Vaccination in Bombay 1902-1912 - 1902-1912
Year: 1902
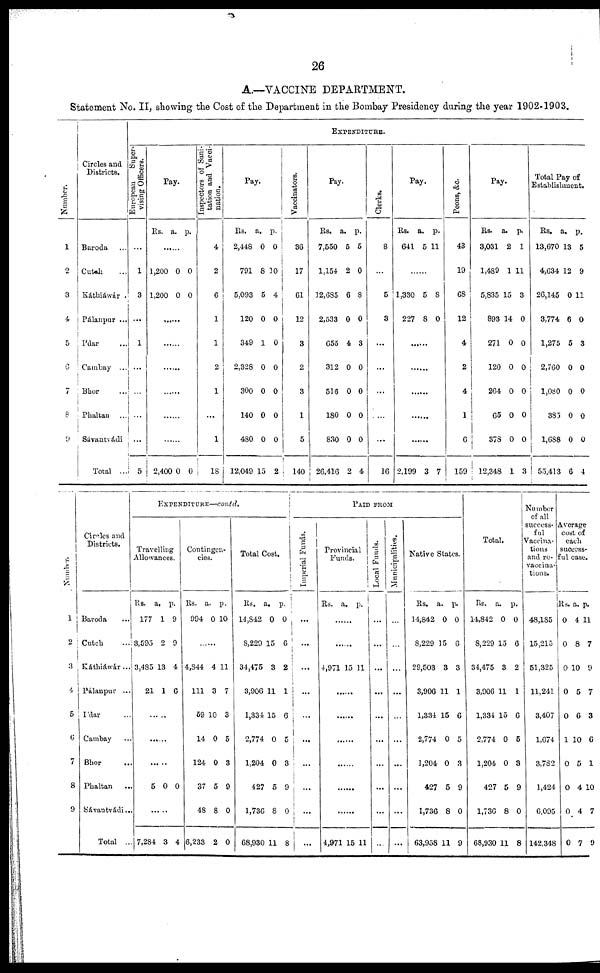
26
A.—VACCINE DEPARTMENT.
Statement No. II, showing the Cost of the Department in the Bombay Presidency during the year 1902-1903.
Number.
1
2
3
4
5
6
7
8
9
Circles and
Districts.
Baroda ...
Cutch ...
Káthiáwár
Pálanpur ...
I'dar ...
Cambay ...
Bhor ...
Phaltan ...
Sávantvádi
Total ...
EXPENDITURE.
European
Super-
vising Officers.
......
1
3
...
1
...
...
...
...
5
Pay.
Rs. a. p.
......
1,200
1,200
0
0
0
0
......
......
......
......
......
......
2,400 0 0
Inspectors of Sani-
tation and Vacci-
nation.
4
2
6
1
1
2
1
...
1
18
Pay.
Rs.
2,448
791
5,093
120
349
2,328
300
140
480
12,049
a.
0
8
5
0
1
0
0
0
0
15
p.
0
10
4
0
0
0
0
0
0
2
Vaccinators.
36
17
61
12
3
2
3
1
5
140
Pay.
Rs.
7,550
1,154
12,685
2,533
655
312
516
180
830
26,416
a.
5
2
6
0
4
0
0
0
0
2
p.
5
0
8
0
3
0
0
0
0
4
Clerks.
8
...
5
3
...
...
...
...
...
16
Pay.
Rs.
641
a.
5
p.
11
......
1,330
227
5
8
8
0
......
......
......
......
......
2,199 3 7
Peons, &c.
43
19
68
12
4
2
4
1
6
159
Pay.
Rs.
3,031
1,489
5,835
893
271
120
264
65
378
12,348
a.
2
1
15
14
0
0
0
0
0
1
p.
1
11
3
0
0
0
0
0
0
3
Total Pay of
Establishment.
Rs.
13,670
4,634
26,145
3,774
1,275
2,760
1,080
385
1,688
55,413
a.
13
12
0
6
5
0
0
0
0
6
p.
5
9
11
0
3
0
0
0
0
4
Number.
1
2
3
4
5
6
7
8
9
Circles and
Districts.
Baroda
...
Cutch ...
Káthiáwár...
Pálanpur ...
I'dar ...
Cambay ...
Bhor ...
Phaltan
Sávantvádi...
Total ...
EXPENDITURE—contd.
Travelling
Allowances.
Rs.
177
3,595
3,485
21
a.
1
2
13
1
p.
9
9
4
6
......
......
......
5
0 0
......
7,284 3 4
Contingen-
cies.
Rs.
994
a.
0
p.
10
......
4,844
111
59
14
124
37
48
6,233
4
3
10
0
0
5
8
2
11
7
3
5
3
9
0
0
Total Cost.
Rs.
14,842
8,229
34,475
3,906
1,334
2,774
1,204
427
1,736
68,930
a.
0
15
3
11
15
0
0
5
8
11
p.
0
6
2
1
6
5
3
9
0
8
PAID FROM
Imperial Funds.
...
...
...
...
...
...
...
...
...
...
Provincial
Funds.
Rs. a. p.
......
......
4,971 15 11
......
......
......
......
......
......
4,971 15 11
Local Funds.
...
...
...
...
...
...
...
...
...
...
Municipalities.
...
...
...
...
...
...
...
...
...
...
Native States.
Rs.
14,842
8,229
29,503
3,906
1,334
2,774
1,204
427
1,736
63,958
a.
0
15
3
11
15
0
0
5
8
11
p.
0
6
3
1
6
5
3
9
0
9
Total.
Rs.
14,842
8,229
34,475
3,906
1,334
2,774
1,204
427
1,736
68,930
a.
0
15
3
11
15
0
0
5
8
11
p.
0
6
2
1
6
5
3
9
0
8
Number
of all
success-
ful
Vaccina-
tions
and re-
vaccina-
tions.
48,185
15,215
51,325
11,241
3,407
1,674
3,782
1,424
6,095
142,348
Average
cost of
each
success-
ful case.
Rs.
0
0
0
0
0
1
0
0
0
0
a.
4
8
10
5
6
10
5
4
4
7
p.
11
7
9
7
3
6
1
10
7
9